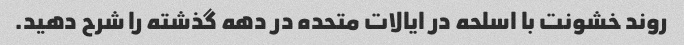
روند خشونت با اسلحه در ایالات متحده در دهه گذشته را شرح دهید.